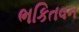
ભકિતવન